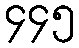
၄၄၅